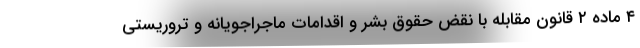
۴ ماده ۲ قانون مقابله با نقض حقوق بشر و اقدامات ماجراجویانه و تروریستی